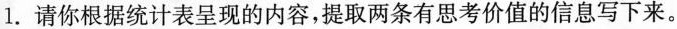
1. 请你根据统计表呈现的内容，提取两条有思考价值的信息写下来。